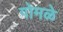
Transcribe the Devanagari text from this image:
गोमळे